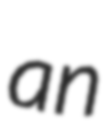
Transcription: an